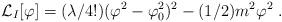
LaTeX: \begin{align*}{\cal L}_I[\varphi]=(\lambda/4!)(\varphi^2-\varphi_0^2)^2 - (1/2)m^2\varphi^2\;.\end{align*}